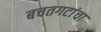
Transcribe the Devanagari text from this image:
बचतगटांचा